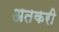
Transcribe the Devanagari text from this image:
अतकरी